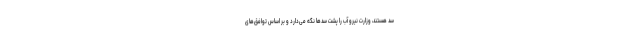
سد هستند، وزارت نیرو آب را پشت سدها نگه می‌دارد و بر اساس توافق‌های